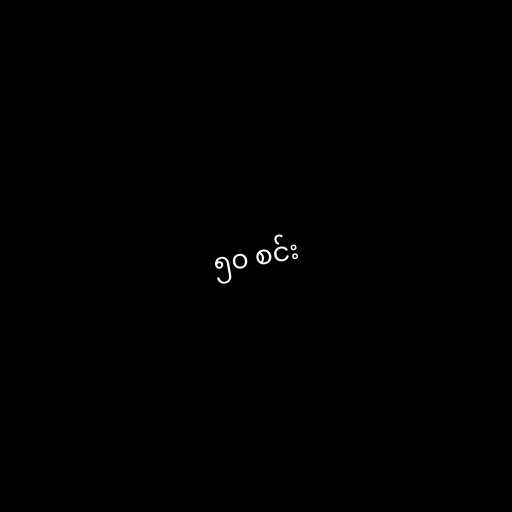
၅၀ စင်း